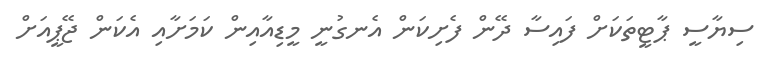
ސިޔާސީ ޕާޓީތަކަށް ފައިސާ ދޭން ފެށިކަން އެނގުނީ މީޑިއާއިން ކަމަށާއި އެކަން ޖޭޕީއަށް